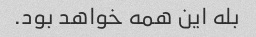
بله این همه خواهد بود.